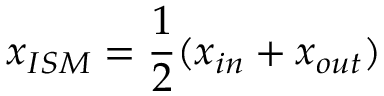
x _ { I S M } = \frac { 1 } { 2 } ( x _ { i n } + x _ { o u t } )